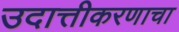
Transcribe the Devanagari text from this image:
उदात्तीकरणाचा